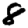
Digit: 8